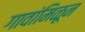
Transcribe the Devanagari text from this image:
गावांमिळून